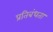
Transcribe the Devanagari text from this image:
प्रतिबंधता